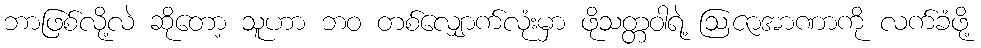
ဘာဖြစ်လို့လဲ ဆိုတော့ သူဟာ ဘဝ တစ်လျှောက်လုံးမှာ ဖိုသတ္တဝါရဲ့ ဩဇာအာဏာကို လက်ခံဖို့